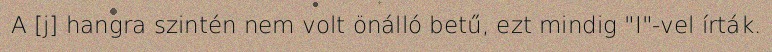
A [j] hangra szintén nem volt önálló betű, ezt mindig "I"-vel írták.